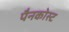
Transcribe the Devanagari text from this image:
पैनकोस्ट